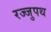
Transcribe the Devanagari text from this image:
रज्जुपथ